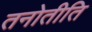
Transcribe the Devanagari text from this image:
तनोतीति